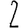
Digit: 2